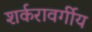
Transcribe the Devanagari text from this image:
शर्करावर्गीय